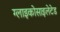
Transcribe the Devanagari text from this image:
ग्लाइकोसाइलेटेड